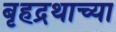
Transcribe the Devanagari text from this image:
बृहद्रथाच्या